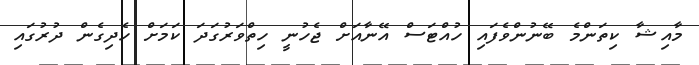
މާއިޝާ ކިތަންމެ ބޭނުންވެފައި ހުއްޓަސް އޭނާއަށް ޖެހުނީ ހިތްވަރުގަދަ ކަމަށް ހެދިގެން ދުރުގައި